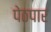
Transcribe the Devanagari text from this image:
पेठपार